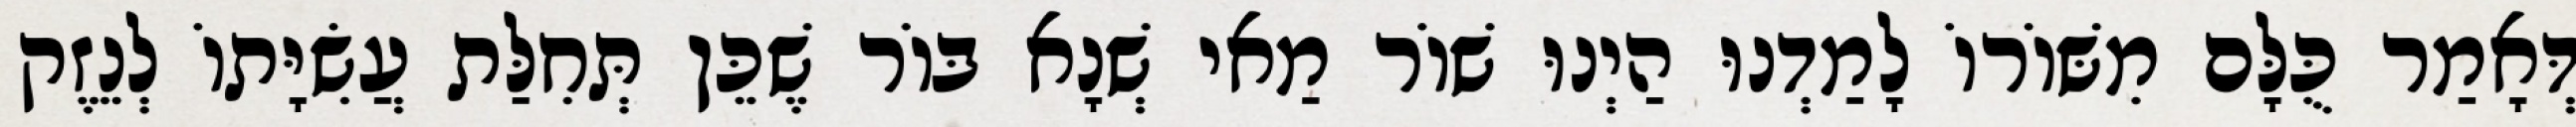
דְּאָמַר כֻּלָּם מִשּׁוֹרוֹ לָמַדְנוּ הַיְנוּ שׁוֹר מַאי שְׁנָא בּוֹר שֶׁכֵּן תְּחִלַּת עֲשִׂיָּתוֹ לְנֵזֶק